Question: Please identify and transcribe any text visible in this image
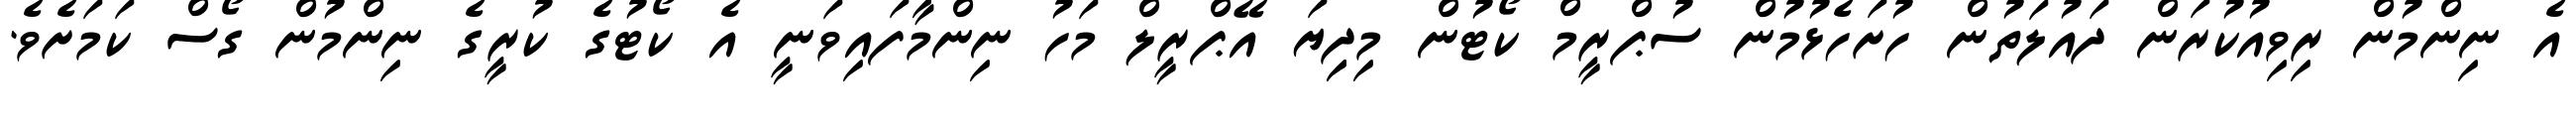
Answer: އެ ނިންމުން ރިވިއުކުރަން ދައުލަތުން ހުށަހެޅުމުން ސުޕްރީމް ކޯޓުން މިދިިޔަ އޭޕްރީލް މަހު ނިންމާފައިވަނީ އެ ކޯޓުގެ ކުރީގެ ނިންމުން ގޯސް ކަމަށެވެ.